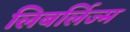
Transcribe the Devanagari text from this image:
लिबर्लिज्म